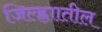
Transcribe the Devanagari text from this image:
जिल्ह्णाातील